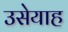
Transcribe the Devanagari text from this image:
उसेयाह